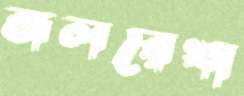
জলরেখা